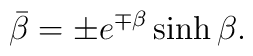
\bar{\beta } = \pm e^{\mp \beta }\sinh \beta .